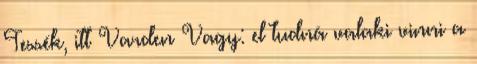
Tessék, itt Varden Vagy: el tudná valaki vinni a